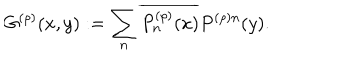
G ^ { ( \rho ) } ( x , y ) : = \sum _ { n } \overline { { { P _ { n } ^ { ( \rho ) } ( x ) } } } P ^ { ( \rho ) n } ( y ) .